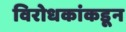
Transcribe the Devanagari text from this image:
विरोधकांकडून